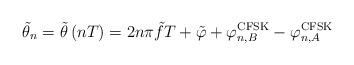
LaTeX: \begin{align*}{\tilde \theta _n} = \tilde \theta \left( {nT} \right) = 2n\pi \tilde fT + \tilde \varphi + \varphi _{n,B}^{{\rm{CFSK}}} - \varphi _{n,A}^{{\rm{CFSK}}} \end{align*}